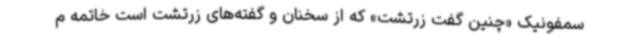
سمفونیک «چنین گفت زرتشت» که از سخنان و گفته‌های زرتشت است خاتمه م